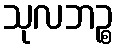
သုလဘဉ္စ